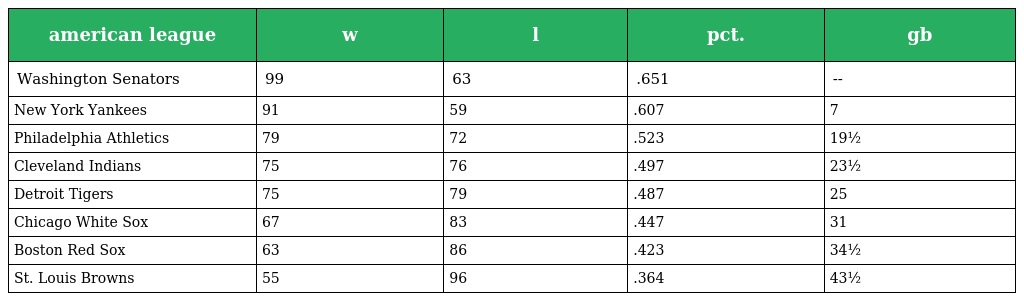
| american league | w | l | pct. | gb |
 | --- | --- | --- | --- | --- |
 | Washington Senators | 99 | 63 | .651 | -- |
 | New York Yankees | 91 | 59 | .607 | 7 |
 | Philadelphia Athletics | 79 | 72 | .523 | 19½ |
 | Cleveland Indians | 75 | 76 | .497 | 23½ |
 | Detroit Tigers | 75 | 79 | .487 | 25 |
 | Chicago White Sox | 67 | 83 | .447 | 31 |
 | Boston Red Sox | 63 | 86 | .423 | 34½ |
 | St. Louis Browns | 55 | 96 | .364 | 43½ |